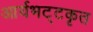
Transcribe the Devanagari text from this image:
आर्यभट्टकृत